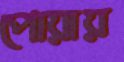
পোয়ায়